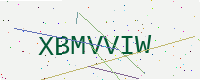
Text: XBMVVIW